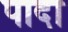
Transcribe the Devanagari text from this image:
पादा